Civil Veterinary Dept. Bombay admin report 1932-41 - 1932-1941
Year: 1932
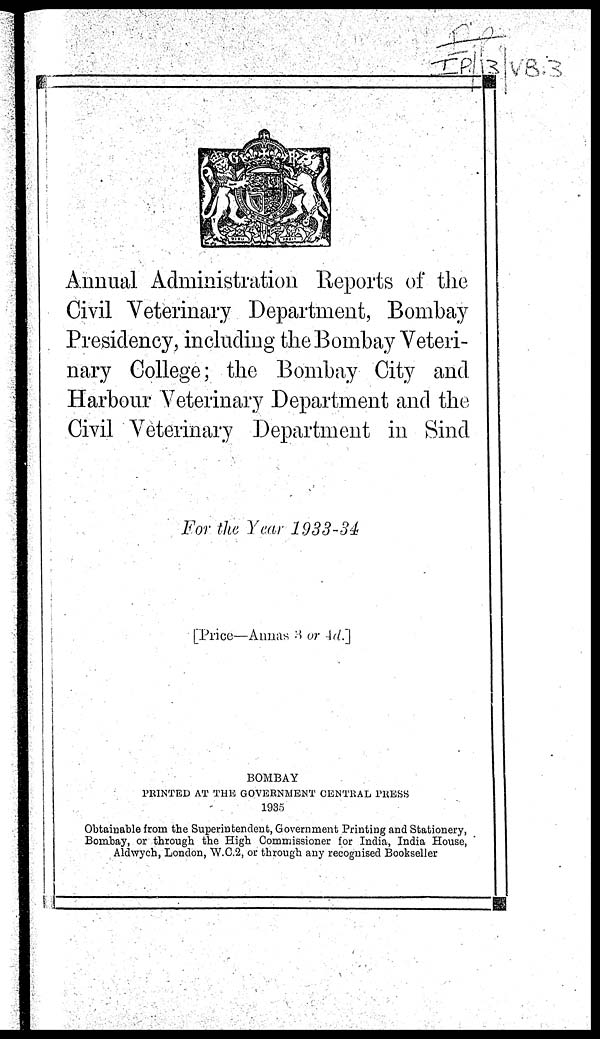
Annual Administration Reports of the
Civil Veterinary Department, Bombay
Presidency, including the Bombay Veteri-
nary College; the Bombay City and
Harbour Veterinary Department and the
Civil Veterinary Department in Sind
For the Year 1933-34
[Price—Annas 3 or 4d.]
BOMBAY
PRINTED AT THE GOVERNMENT CENTRAL PRESS
1935
Obtainable from the Superintendent, Government Printing and Stationery,
Bombay, or through the High Commissioner for India, India House,
Aldwych, London, W.C.2, or through any recognised Bookseller